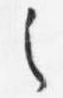
之